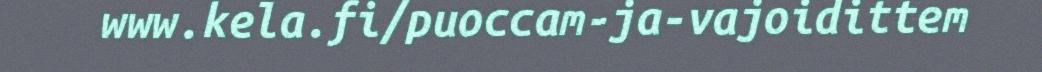
www.kela.fi/puoccam-ja-vajoidittem